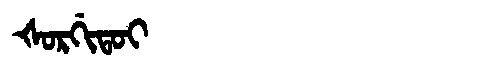
Manchu: ᡧᠣᡵᡤᡳᡨᠣᡳ
Romanization: ŠORGITOI